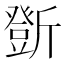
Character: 𣃆